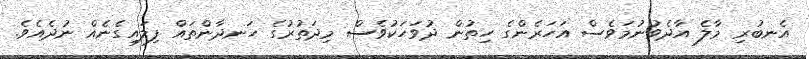
އެނބުރި މާލެ އާދެވުނުމަވެސް އަހަރެންގެ ހިތުން ދުވަހަކުވެސް މިދަތުރުގެ ހަނދާންތައް ފިލައިގެނެއް ނުދެއެވެ.